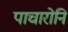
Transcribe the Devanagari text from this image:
पाचारोनि